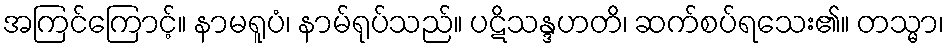
အကြင်ကြောင့်။ နာမရူပံ၊ နာမ်ရုပ်သည်။ ပဋိသန္ဒဟတိ၊ ဆက်စပ်ရသေး၏။ တသ္မာ၊